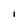
Character: I